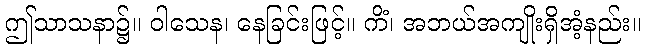
ဤသာသနာ၌။ ဝါသေန၊ နေခြင်းဖြင့်။ ကိံ၊ အဘယ်အကျိုးရှိအံ့နည်း။